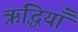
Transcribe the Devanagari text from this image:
ऋद्धियाँ